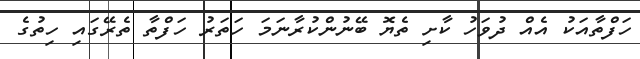
ހަފްތާއަކު އެއް ދުވަހު ކާށި ތެޔޮ ބޭނުންކުރާނަމަ ހަތަރު ހަފްތާ ތެރޭގައި ހިތުގެ